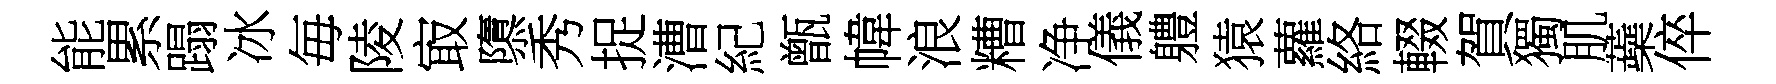
能累蹋冰毎陵㝡隳秀捉漕紀甑幃浪糟净儀軆猿蘿絡輟賀獨肌蘃倅